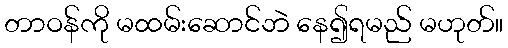
တာဝန်ကို မထမ်းဆောင်ဘဲ နေ၍ရမည် မဟုတ်။